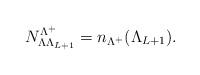
LaTeX: \begin{align*}N_{\Lambda\Lambda_{L+1}}^{\Lambda^+} = n_{\Lambda^+}(\Lambda_{L+1}).\end{align*}